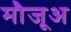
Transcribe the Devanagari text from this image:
मौजूअ